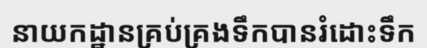
នាយកដ្ឋានគ្រប់គ្រងទឹកបានរំដោះទឹក